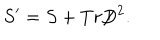
S ^ { \prime } = S + T r \mathord { \not \mathrel { D } } ^ { 2 } .